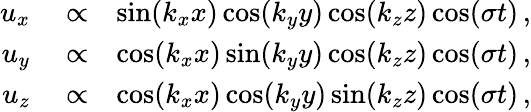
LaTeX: \begin{array}{rlr}{u_{x}}&{{}\propto}&{\sin(k_{x}x)\cos(k_{y}y)\cos(k_{z}z)\cos(\sigma t)\, ,}\\ {u_{y}}&{{}\propto}&{\cos(k_{x}x)\sin(k_{y}y)\cos(k_{z}z)\cos(\sigma t)\, ,}\\ {u_{z}}&{{}\propto}&{\cos(k_{x}x)\cos(k_{y}y)\sin(k_{z}z)\cos(\sigma t)\, ,}\end{array}